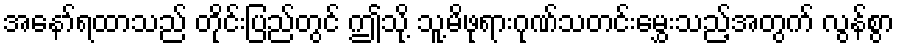
အနော်ရထာသည် တိုင်းပြည်တွင် ဤသို့ သူ့မိဖုရားဂုဏ်သတင်းမွှေးသည့်အတွက် လွန်စွာ